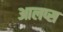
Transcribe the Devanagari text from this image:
आलप्स